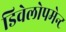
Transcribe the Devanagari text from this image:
डिवेलोपमेन्ट